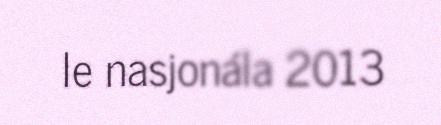
le nasjonála 2013